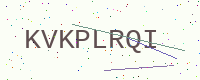
Text: KVKPLRQI